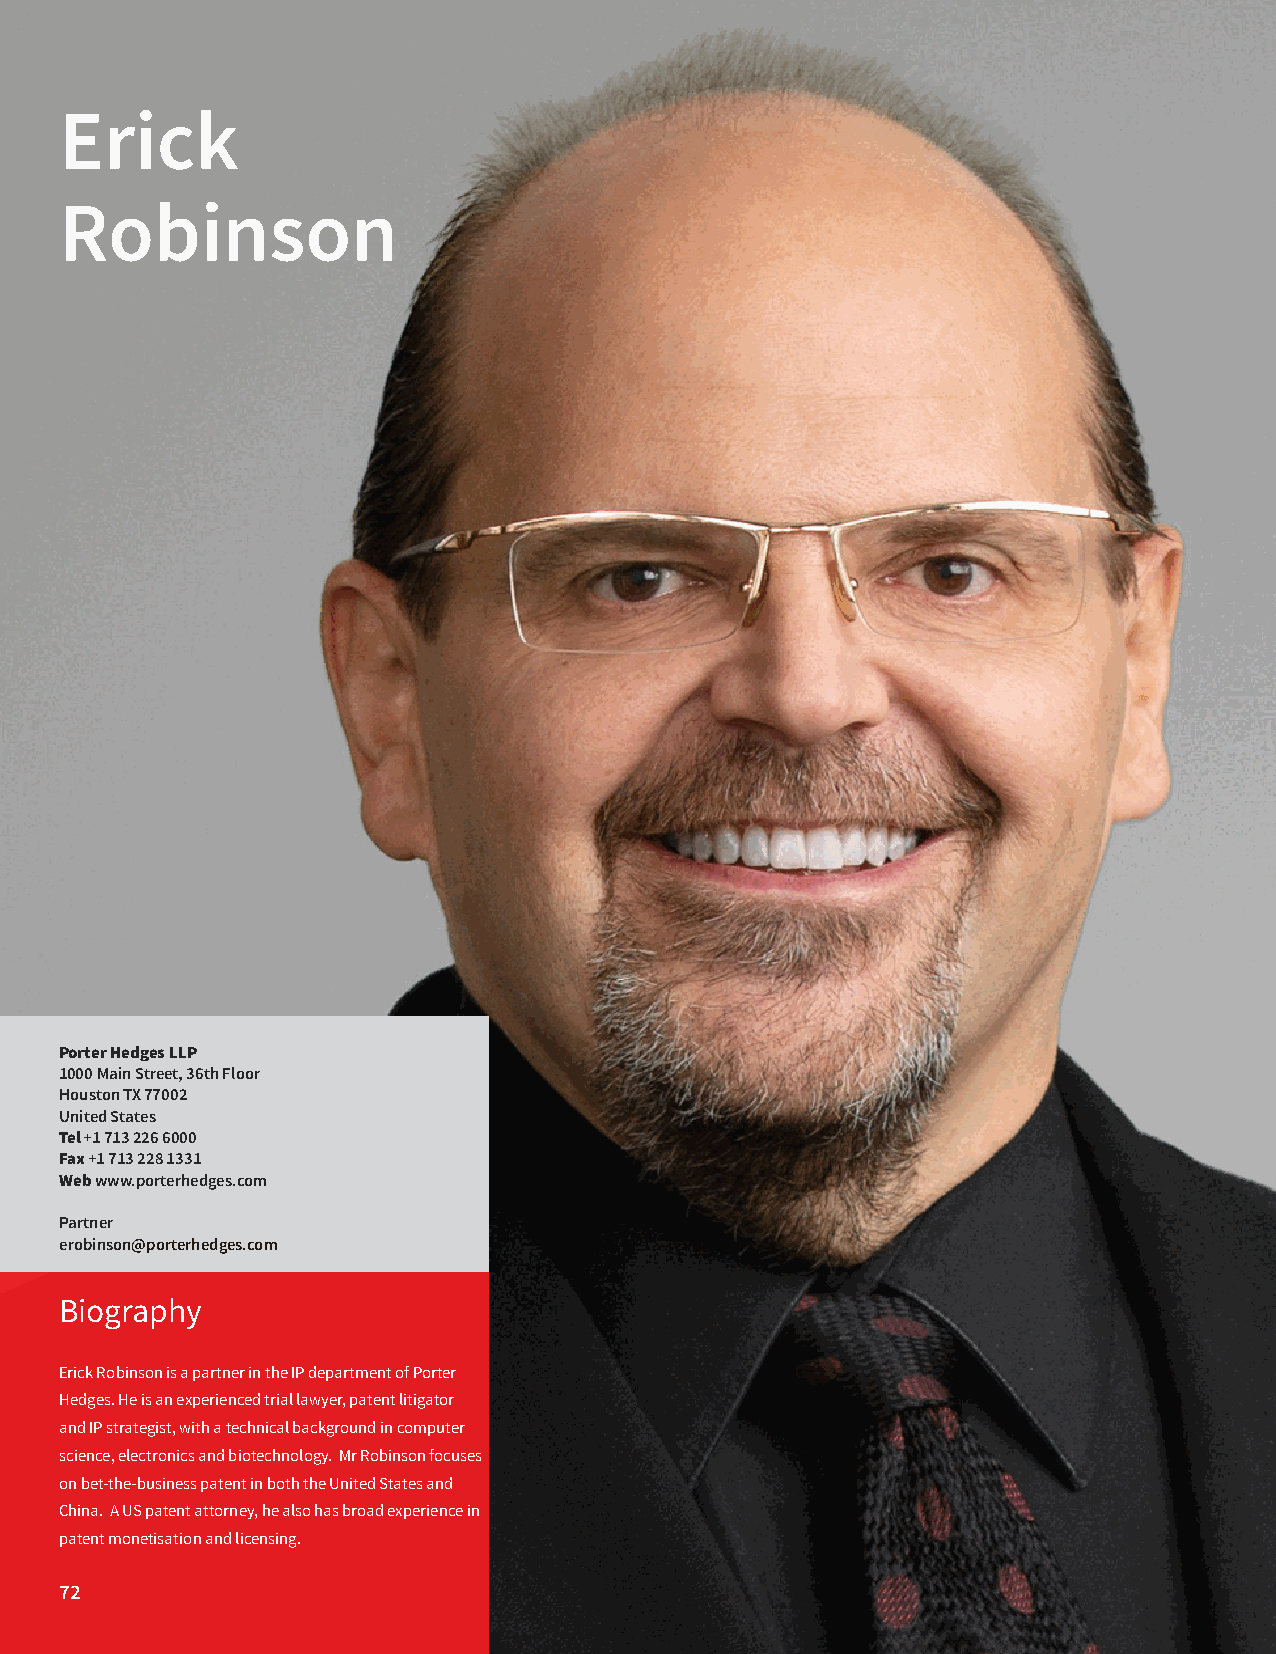
Erick
 Robinson
 Porter Hedges LLP
 1000 Main Street, 36th Floor
 Houston TX 77002
 United States
 Tel +1 713 226 6000
 Fax +1 713 228 1331
 Web www.porterhedges.com
 Partner
 erobinson@porterhedges.com
 Biography
 Erick Robinson is a partner in the IP department of Porter
 Hedges. He is an experienced trial lawyer, patent litigator
 and IP strategist, with a technical background in computer
 science, electronics and biotechnology. Mr Robinson focuses
 on bet-the-business patent in both the United States and
 China. A US patent attorney, he also has broad experience in
 patent monetisation and licensing.
 72